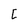
Character: I